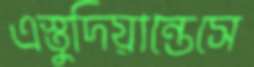
এস্তুদিয়ান্তেসে